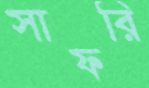
সাফরি